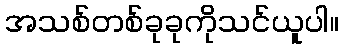
အသစ်တစ်ခုခုကိုသင်ယူပါ။